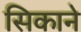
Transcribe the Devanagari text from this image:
सिकाने